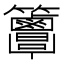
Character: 𥸖